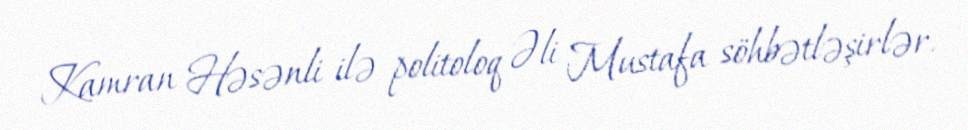
Kamran Həsənli ilə politoloq Əli Mustafa söhbətləşirlər.